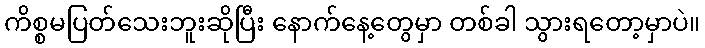
ကိစ္စမပြတ်သေးဘူးဆိုပြီး နောက်နေ့တွေမှာ တစ်ခါ သွားရတော့မှာပဲ။